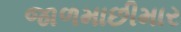
જાળમાછીમાર